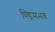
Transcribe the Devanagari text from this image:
ण्डिमभवं